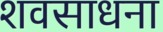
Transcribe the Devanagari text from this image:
शवसाधना